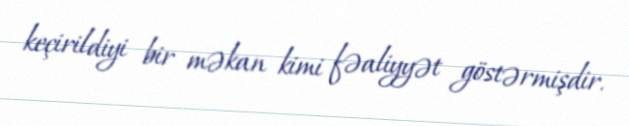
keçirildiyi bir məkan kimi fəaliyyət göstərmişdir.